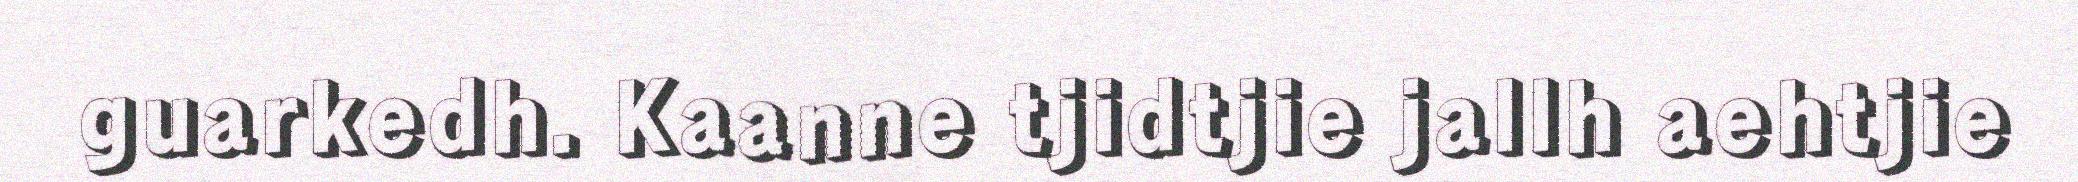
guarkedh. Kaanne tjidtjie jallh aehtjie